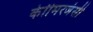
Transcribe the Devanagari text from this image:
केाीमरजंसी